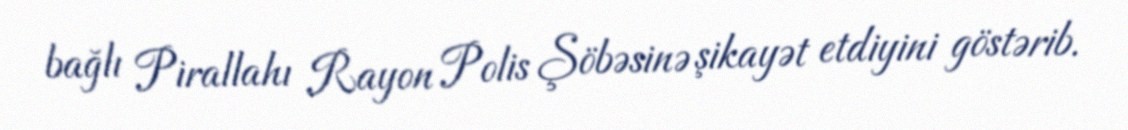
bağlı Pirallahı Rayon Polis Şöbəsinə şikayət etdiyini göstərib.